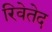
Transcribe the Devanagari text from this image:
रिवेतेद